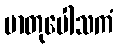
မာတုပေါသကံ